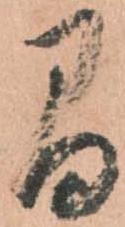
間